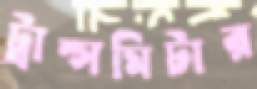
ট্রান্সমিটার